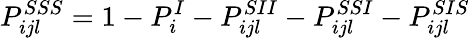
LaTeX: P_{ijl}^{SSS}=1-P_{i}^{I}-P_{ijl}^{SII}-P_{ijl}^{SSI}-P_{ijl}^{SIS}